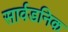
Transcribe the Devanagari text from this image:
सार्वडनिक